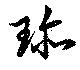
珎